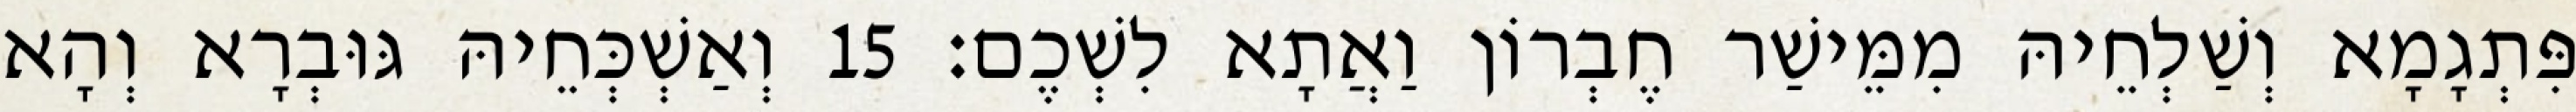
פִּתְגָמָא וְשַׁלְחֵיהּ מִמֵּישַׁר חֶבְרוֹן וַאֲתָא לִשְׁכֶם׃ 15 וְאַשְׁכְּחֵיהּ גּוּבְרָא וְהָא